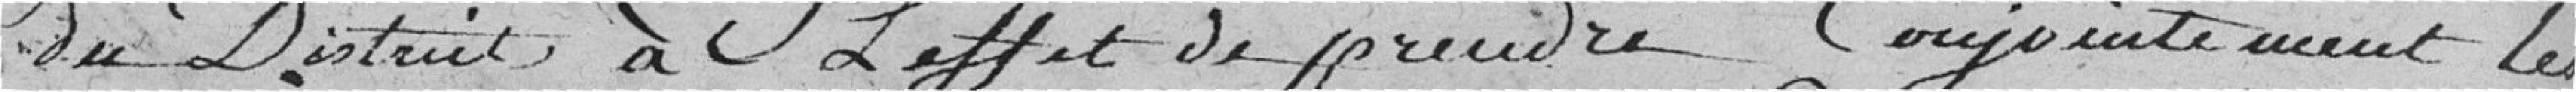
du District à l'effet de prendre conjointement les